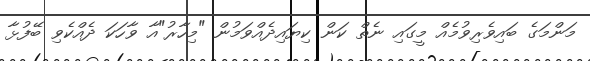
މަންމަގެ ބައިވެރިވުމެއް މީގައި ނެތް ކަން ކިޔައިދެއްވަމުން "މިހާރު"އާ ވާހަކަ ދެއްކެވި ބޭފުޅާ